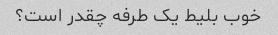
خوب بلیط یک طرفه چقدر است؟